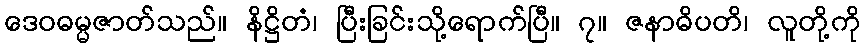
ဒေဝဓမ္မဇာတ်သည်။ နိဋ္ဌိတံ၊ ပြီးခြင်းသို့ရောက်ပြီ။ ၇။ ဇနာဓိပတိ၊ လူတို့ကို